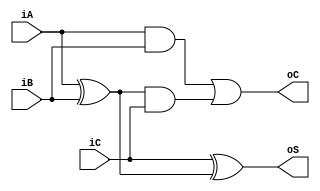
`timescale 1ns / 1ps
//////////////////////////////////////////////////////////////////////////////////
// Company: 
// Engineer: 
// 
// Design Name: 
// Module Name: FA
// Project Name: 
// Target Devices: 
// Tool Versions: 
// Description: 
// 
// Dependencies: 
// 
// Revision:
// Revision 0.01 - File Created
// Additional Comments:
// 
//////////////////////////////////////////////////////////////////////////////////


module FA(
    input iA,
    input iB,
    input iC,
    output oS,
    output oC
    );
    wire tmp1;
    xor n1(tmp1,iA,iB);
    xor n2(oS,iC,tmp1);
    wire tmp2;
    wire tmp3;
    and a1(tmp2,iA,iB);
    and a2(tmp3,tmp1,iC);
    or o1(oC,tmp2,tmp3);
    
endmodule